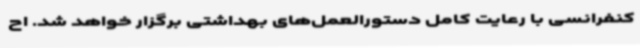
کنفرانسی با رعایت کامل دستورالعمل‌های بهداشتی برگزار خواهد شد. اح